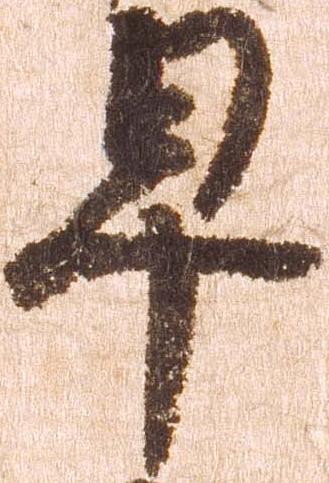
早